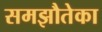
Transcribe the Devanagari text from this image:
समझौतेका